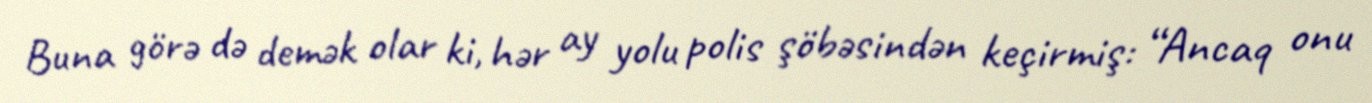
Buna görə də demək olar ki, hər ay yolu polis şöbəsindən keçirmiş: “Ancaq onu